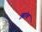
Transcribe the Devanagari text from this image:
झांब